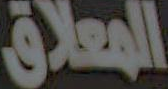
المعلاق